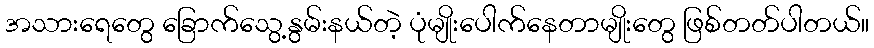
အသားရေတွေ ခြောက်သွေ့နွမ်းနယ်တဲ့ ပုံမျိုးပေါက်နေတာမျိုးတွေ ဖြစ်တတ်ပါတယ်။